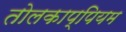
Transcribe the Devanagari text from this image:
तोलकाप्पियम